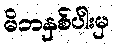
မိဘနှစ်ပါးမှ